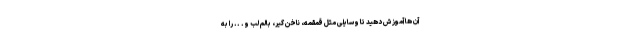
آن ها آموزش دهید تا وسایلی مثل قمقمه، ناخن گیر، بالم لب و. .. را به